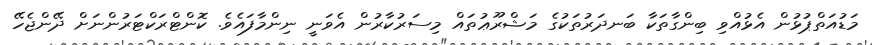
މަޑުއަތްޕުޅުން އެޅުއްވި ބިންގާތަކާ ބަނދަރުތަކުގެ މަޝްރޫޢުތައް މިސަރުކާރުން އެވަނީ ނިންމާފައެވެ. ކޮންޓްރަކްޓަރުންނަށް ދޭންޖެހޭ